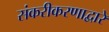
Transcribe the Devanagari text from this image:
संकरीकरणाद्वारे